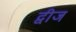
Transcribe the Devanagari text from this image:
द्वीज